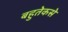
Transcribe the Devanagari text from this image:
बहुतेकसे